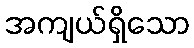
အကျယ်ရှိသော